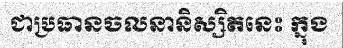
ជាប្រធានចលនានិស្សិតនេះ ក្នុង